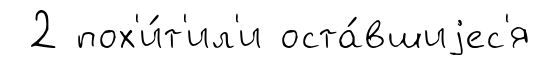
2 пох'и́т'ил'и оста́вшиjес'я